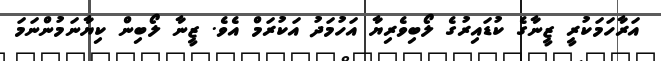
އަރާހަމަކުރީ ޒީނާގެ ކުޑައިރުގެ ލޯބިވެރިޔާ އަހުމަދު އަކުރަމް އެވެ. ޒީނާ ލޯބިން ކިޔާނަމުންނަމަ